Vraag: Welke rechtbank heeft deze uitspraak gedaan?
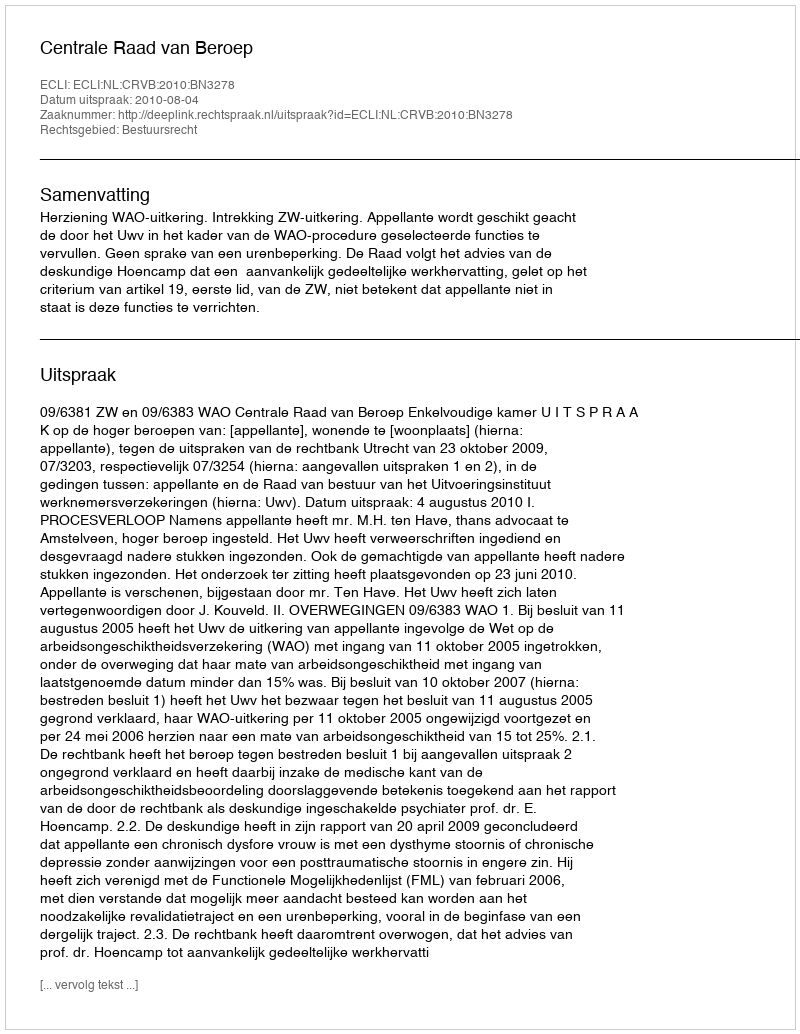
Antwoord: Centrale Raad van Beroep